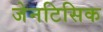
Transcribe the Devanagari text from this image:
जेनटिसिक